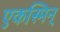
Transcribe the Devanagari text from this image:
एकस्मिन्